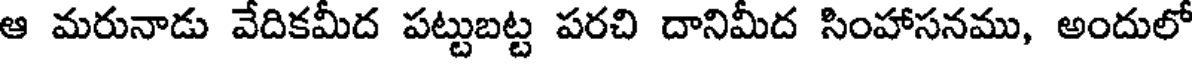
ఆ మరునాడు వేదికమీద పట్టుబట్ట పరచి దానిమీద సింహాసనము, అందులో